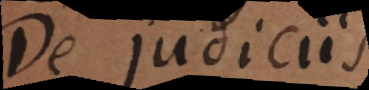
De judiciis.